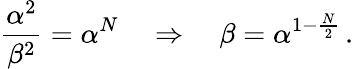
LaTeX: {\frac{\alpha^{2}}{\beta^{2}}}=\alpha^{N}\quad\Rightarrow\quad\beta=\alpha^{1-{\frac{N}{2}}}\, .